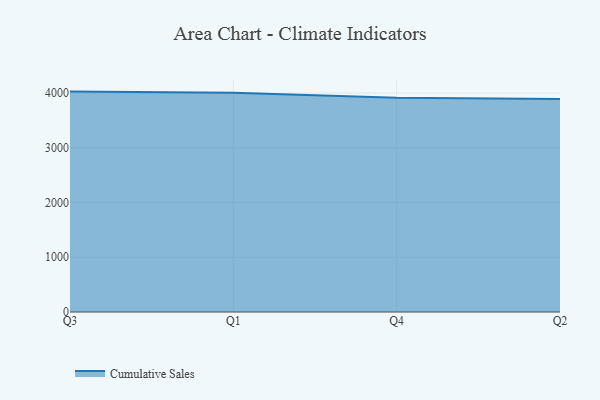
{"axis": {"x": "Quarter", "y": "LTV (USD)"}, "legend": ["Cumulative Sales"], "data": [{"x": "Q3", "y": 4026.0, "type": "Cumulative Sales"}, {"x": "Q1", "y": 4005.1, "type": "Cumulative Sales"}, {"x": "Q4", "y": 3914.1, "type": "Cumulative Sales"}, {"x": "Q2", "y": 3892.5, "type": "Cumulative Sales"}]}